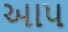
આ૫